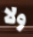
ولا